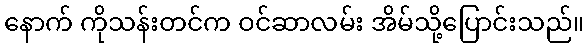
နောက် ကိုသန်းတင်က ဝင်ဆာလမ်း အိမ်သို့ပြောင်းသည်။